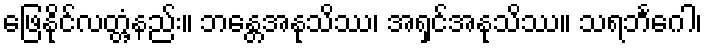
ဖြေနိုင်လတ္တံ့နည်း။ ဘန္တေအနုသိဿ၊ အရှင်အနုသိဿ။ သရဘင်္ဂေါ၊